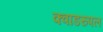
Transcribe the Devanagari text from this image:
क्वाडरुपल